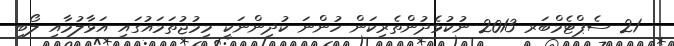
- 21 ސެޕްޓެމްބަރ 2013 ނުކުޅެދުންތެރިކަން ހުންނަ ކުދިންނަކީ މިމުޖުތަމައުގައި އަޅާލުމާއި ލޯބި